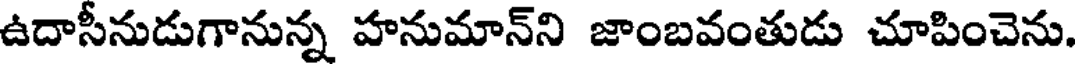
ఉదాసీనుడుగానున్న హనుమాన్ని జాంబవంతుడు చూపించెను.